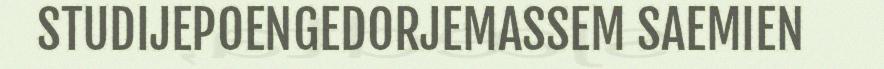
STUDIJEPOENGEDORJEMASSEM SAEMIEN